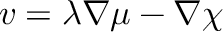
\boldsymbol { v } = \lambda \boldsymbol { \nabla } \mu - \boldsymbol { \nabla } \chi